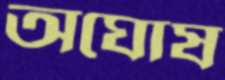
অঘোষ